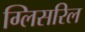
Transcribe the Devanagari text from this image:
ग्लिसरिल